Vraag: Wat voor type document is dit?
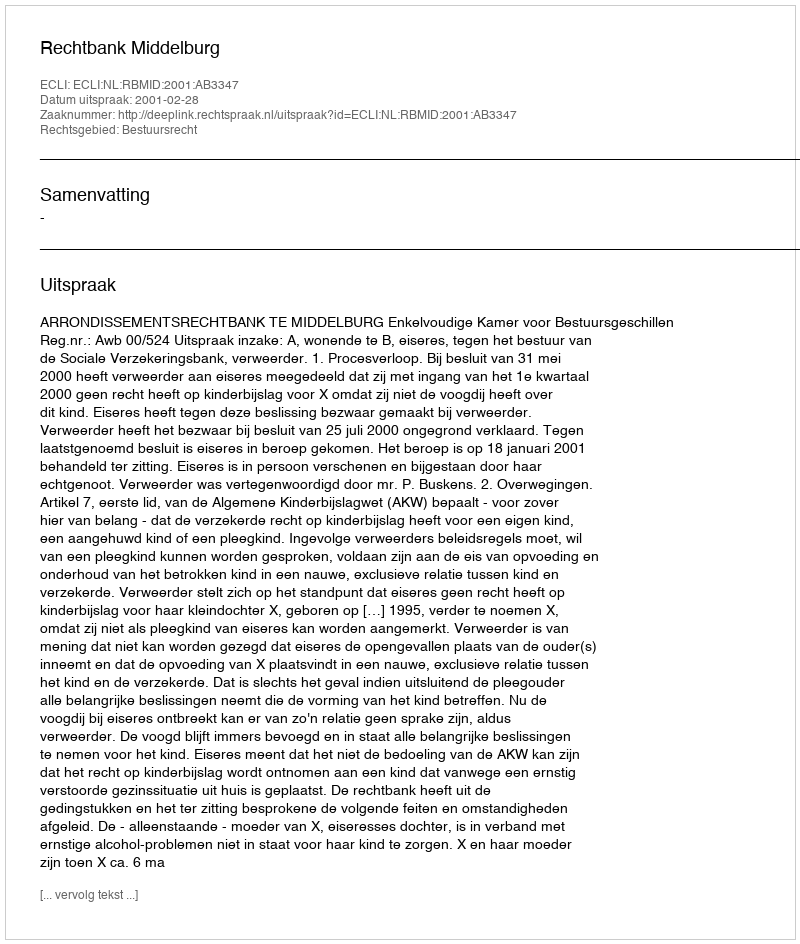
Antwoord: Uitspraak